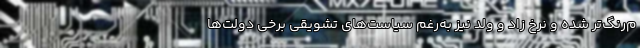
م‌رنگ‌تر شده و نرخ زاد و ولد نیز به‌رغم سیاست‌های تشویقی برخی دولت‌ها